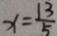
x = \frac { 1 3 } { 5 }